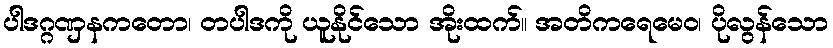
ပါဒဂ္ဂဏှနကတော၊ တပါဒကို ယူနိုင်သော အိုးထက်။ အတိကရေမေဝ၊ ပိုလွန်သော